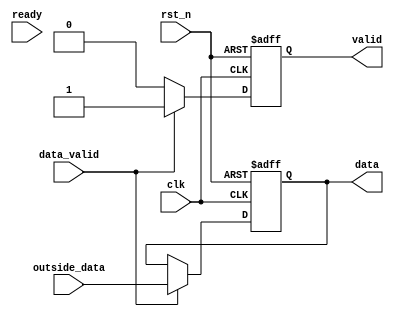
`timescale 1ns/1ns
module data_master #(parameter width=4) //
(
	input clk,
	input rst_n,
	input data_valid,//
	input [width-1:0] outside_data,//
	input ready,		//
	output reg [width-1:0]data,	//4bits
	output reg valid
	);
    //ready
    reg ready_reg1;
    always@(posedge clk or negedge rst_n)begin
        if(!rst_n)begin
            ready_reg1<=0;
        end
        else begin
            ready_reg1<=ready;
        end
    end
    //
    always@(posedge clk or negedge rst_n)begin
        if(!rst_n)
            valid<=0; 
        else if(data_valid)	//
            valid<=1;   
        else if(ready_reg1)//
            valid<=0;
        else
            valid<=0;
    end
    always@(posedge clk or negedge rst_n)begin
        if(!rst_n)
            data<=0;
        else if(data_valid)//
            data<=outside_data; 
        else 
            data<=data;
    end
endmodule